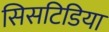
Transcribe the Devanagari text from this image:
सिसटिडिया